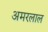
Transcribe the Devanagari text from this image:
अमरलाल